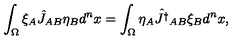
\int _ { \Omega } \xi _ { A } \hat { J } _ { A B } \eta _ { B } d ^ { n } x = \int _ { \Omega } \eta _ { A } \hat { J ^ { \dagger } } _ { A B } \xi _ { B } d ^ { n } x ,